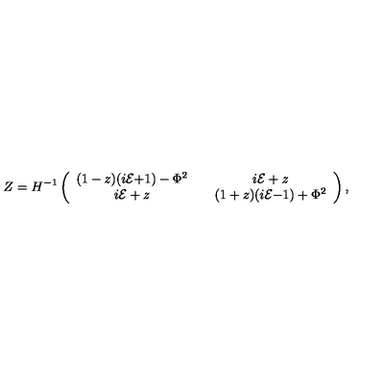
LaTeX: \ Z = H ^ { - 1 } \left( \begin{array} { c c c } { ( 1 - z ) ( i \cal E \mathrm { + 1 ) - \mathrm { \Phi } ^ { 2 } } } & { } & { i \cal E \it + z } \\ { i \cal E \it + z } & { } & { ( 1 + z ) ( i \cal E \mathrm { - 1 ) + \mathrm { \Phi } ^ { 2 } } } \\ \end{array} \right) ,